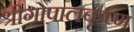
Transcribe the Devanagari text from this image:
श्रीगोपालकृष्ण